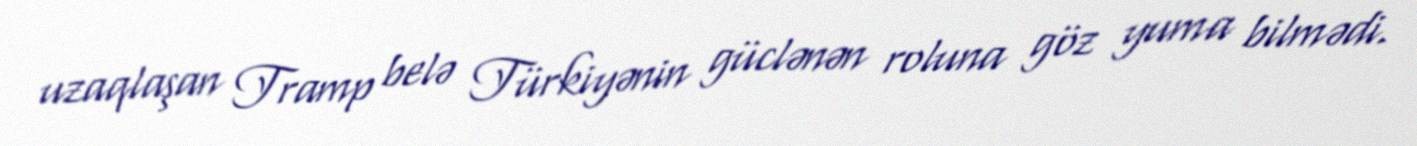
uzaqlaşan Tramp belə Türkiyənin güclənən roluna göz yuma bilmədi.